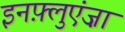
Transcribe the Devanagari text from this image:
इनफ़्लुएंज़ा